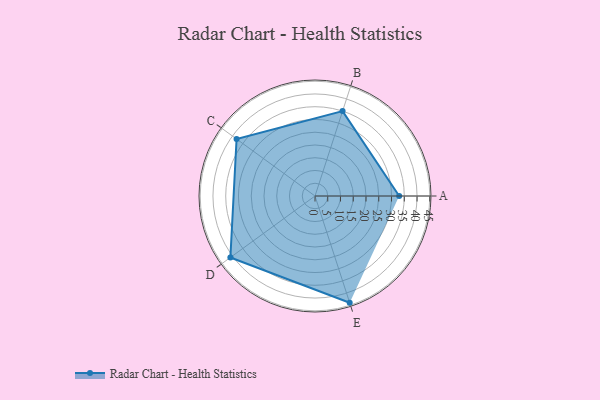
{"axis": {"x": "Skill", "y": "Score"}, "legend": ["Profile"], "data": [{"x": "A", "y": 33.0, "type": "Profile"}, {"x": "B", "y": 35.0, "type": "Profile"}, {"x": "C", "y": 38.0, "type": "Profile"}, {"x": "D", "y": 41.0, "type": "Profile"}, {"x": "E", "y": 44.0, "type": "Profile"}]}